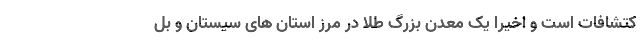
کتشافات است و اخیرا یک معدن بزرگ طلا در مرز استان های سیستان و بل